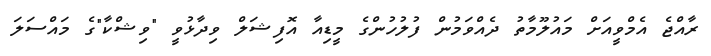
ރާއްޖެ އެމްވީއަށް މައުލޫމާތު ދެއްވަމުން ފުލުހުންގެ މީޑިއާ އޮފިޝަލް ވިދާޅުވީ "ވިޝްކާ"ގެ މައްސަލަ